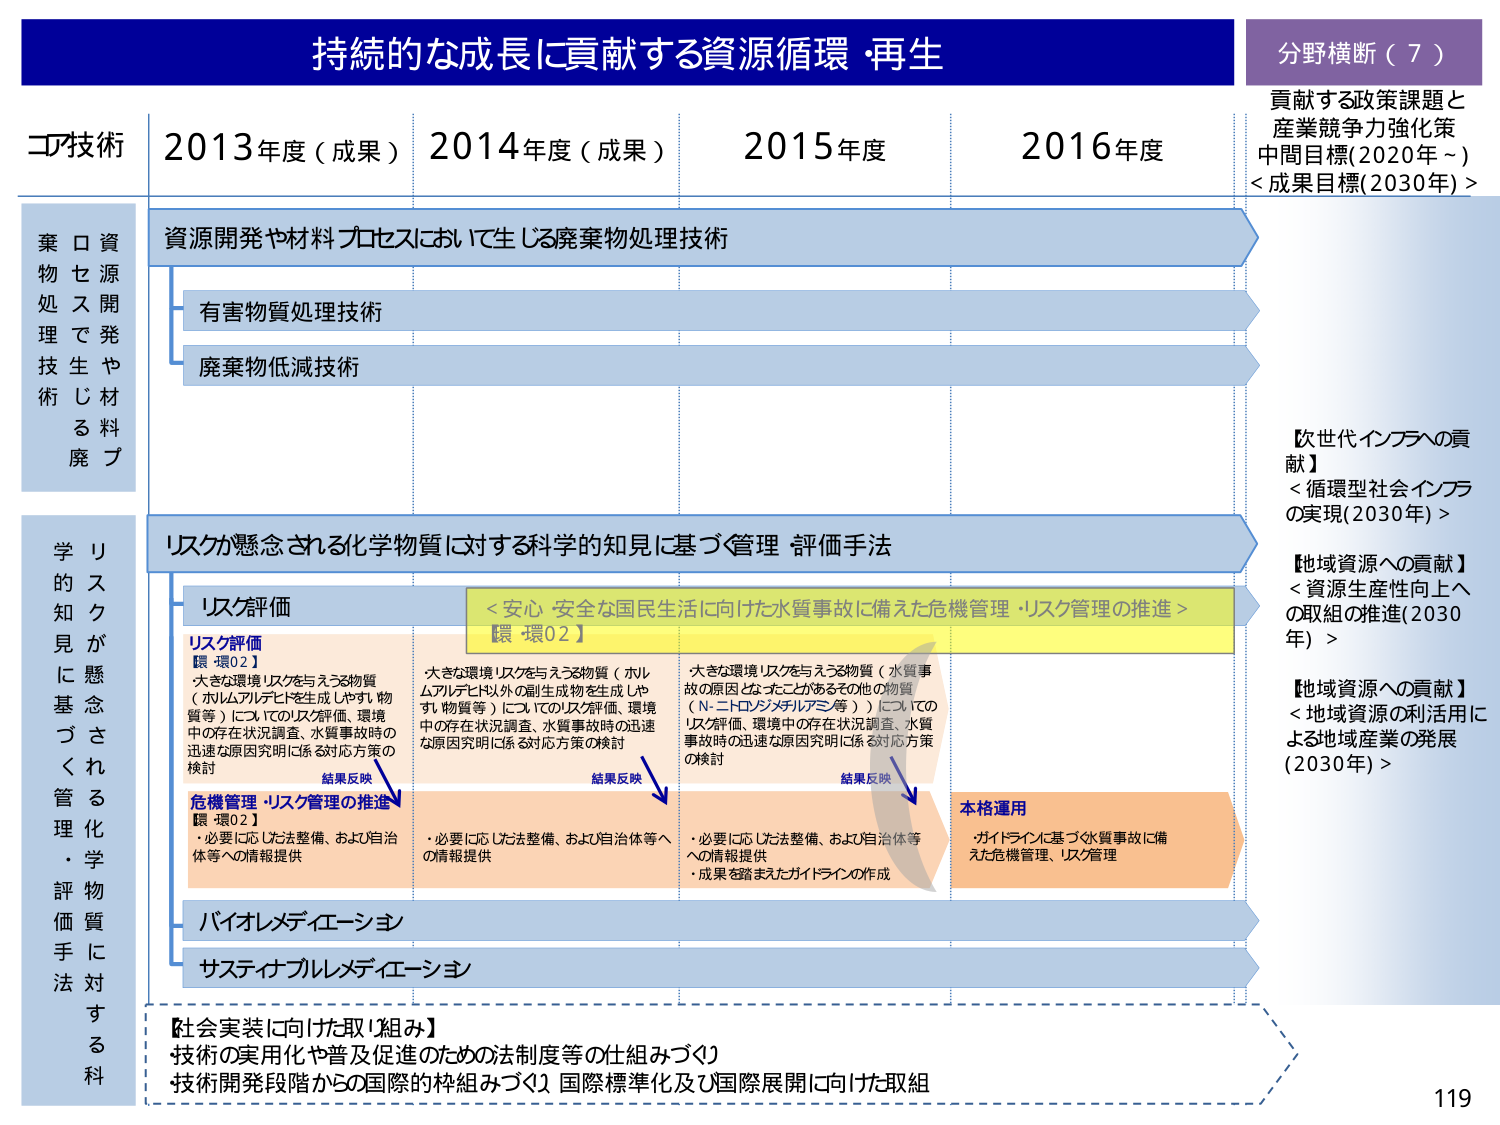
持続的な成長に貢献する資源循環・再生

分野横断（7）
貢献する政策課題と
産業競争力強化策
中間目標(2020年～)
<成果目標(2030年)>

コア技術
2013年度（成果） 2014年度（成果） 2015年度 2016年度

資源開発や材料プロセスにおいて生じる廃棄物処理技術
有害物質処理技術
廃棄物低減技術

リスク懸念される化学物質に対する科学的知見に基づく管理・評価手法

リスク評価
【環-環02】
・大きな環境リスクを与える物質（ホルムアルデヒドを生成しやすい物質等）についてのリスク評価、環境中の存在状況調査、水質事故時の迅速な原因究明に係る対応方策の検討

危機管理・リスク管理の推進
【環-環02】
・必要に応じた法整備、および自治体等への情報提供

<安心・安全な国民生活に向けた水質事故に備えた危機管理・リスク管理の推進>
【環-環02】
・大きな環境リスクを与える物質（ホルムアルデヒド以外の副生成物を生成しやすい物質等）についてのリスク評価、環境中の存在状況調査、水質事故時の迅速な原因究明に係る対応方策の検討

結果反映
結果反映
結果反映

・必要に応じた法整備、および自治体等への情報提供
・成果を踏まえたガイドラインの作成

本格運用
・ガイドラインに基づく水質事故に備えた危機管理、リスク管理

バイオレメディエーション
サステナブルレメディエーション

【社会実装に向けた取り組み】
技術の実用化や普及促進のための法制度等の仕組みづくり
技術開発段階からの国際的枠組みづくり、国際標準化及び国際展開に向けた取組

【次世代インフラへの貢献】
<循環型社会インフラの実現(2030年)>

【地域資源への貢献】
<資源生産性向上への取組の推進(2030年)>

【地域資源への貢献】
<地域資源の利活用による地域産業の発展(2030年)>

119

（左縦列）
資源開発や材料プロセスで生じる廃棄物処理技術
リスクが懸念される化学物質に対する科学的知見に基づく管理・評価手法